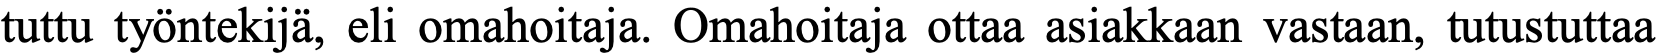
tuttu työntekijä, eli omahoitaja. Omahoitaja ottaa asiakkaan vastaan, tutustuttaa